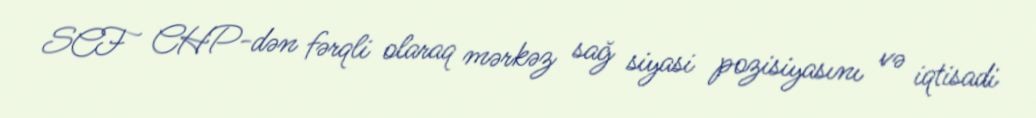
SCF CHP-dən fərqli olaraq mərkəz sağ siyasi pozisiyasını və iqtisadi